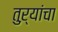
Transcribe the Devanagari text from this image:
तुऱ्यांचा